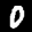
Label: 0